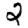
Digit: 2